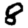
Digit: 8